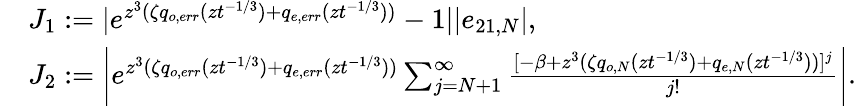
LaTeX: \begin{array}{rl}&{J_{1}:=|e^{z^{3}(\zeta q_{o,err}(zt^{-1/3})+q_{e,err}(zt^{-1/3}))}-1||e_{21,N}|,}\\ &{J_{2}:=\bigg|e^{z^{3}(\zeta q_{o,err}(zt^{-1/3})+q_{e,err}(zt^{-1/3}))}\sum_{j=N+1}^{\infty}\frac{[-\beta+z^{3}(\zeta q_{o,N}(zt^{-1/3})+q_{e,N}(zt^{-1/3}))]^{j}}{j!}\bigg|.}\end{array}